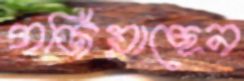
গর্জিয়াছেন